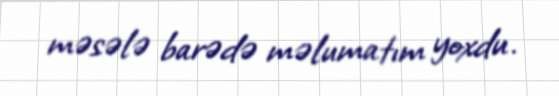
məsələ barədə məlumatım yoxdu.